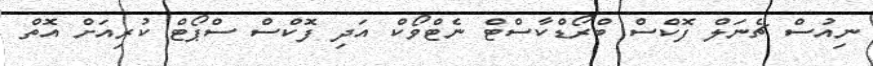
ނިއުސް ޗެނަލް ފޮކްސް ބްރޯޑްކާސްޓް ނެޓްވޯކް އަދި ފޮކްސް ސްޕޯޓް ކުރިއަށް އޮތް